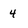
Character: 4